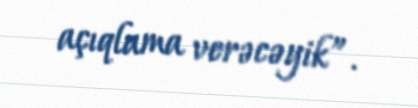
açıqlama verəcəyik”.